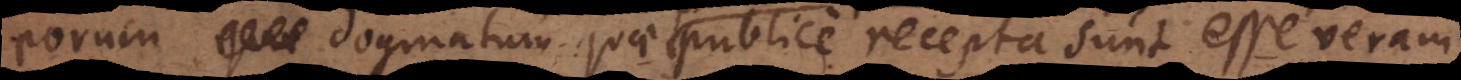
eorum dogmatum quae publice recepta sunt esse veram